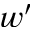
w ^ { \prime }